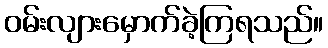
ဝမ်းလျားမှောက်ခဲ့ကြရသည်။